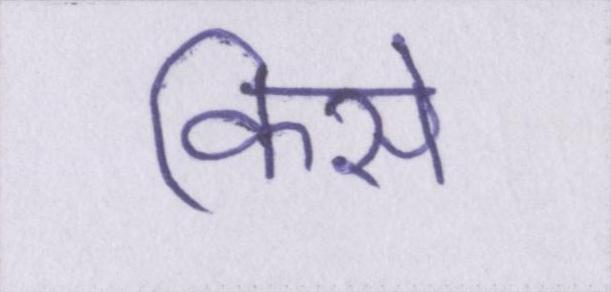
किसे